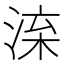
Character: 㳿